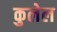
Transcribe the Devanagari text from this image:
कुलेल